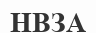
НВЗА